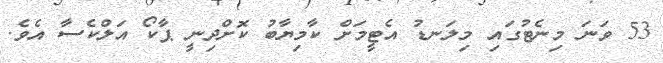
53 ވަނަ މިނެޓުގައި މިލަނޑު އެޓީމަށް ކާމިޔާބު ކޮށްދިނީ ޕާކޯ އަލްކެސާ އެވެ.